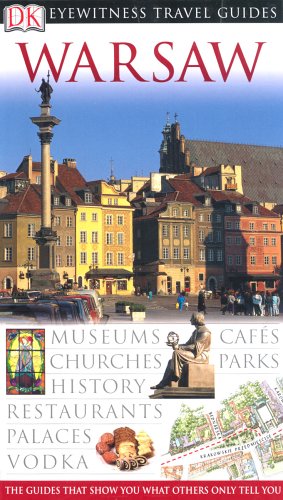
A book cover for Warsaw (DK Eyewitness Travel Guide); Malgorzata Omilanowska; Travel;